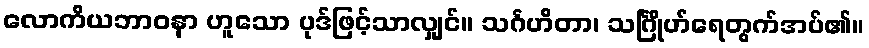
လောကိယဘာဝနာ ဟူသော ပုဒ်ဖြင့်သာလျှင်။ သင်္ဂဟိတာ၊ သင်္ဂြိုဟ်ရေတွက်အပ်၏။